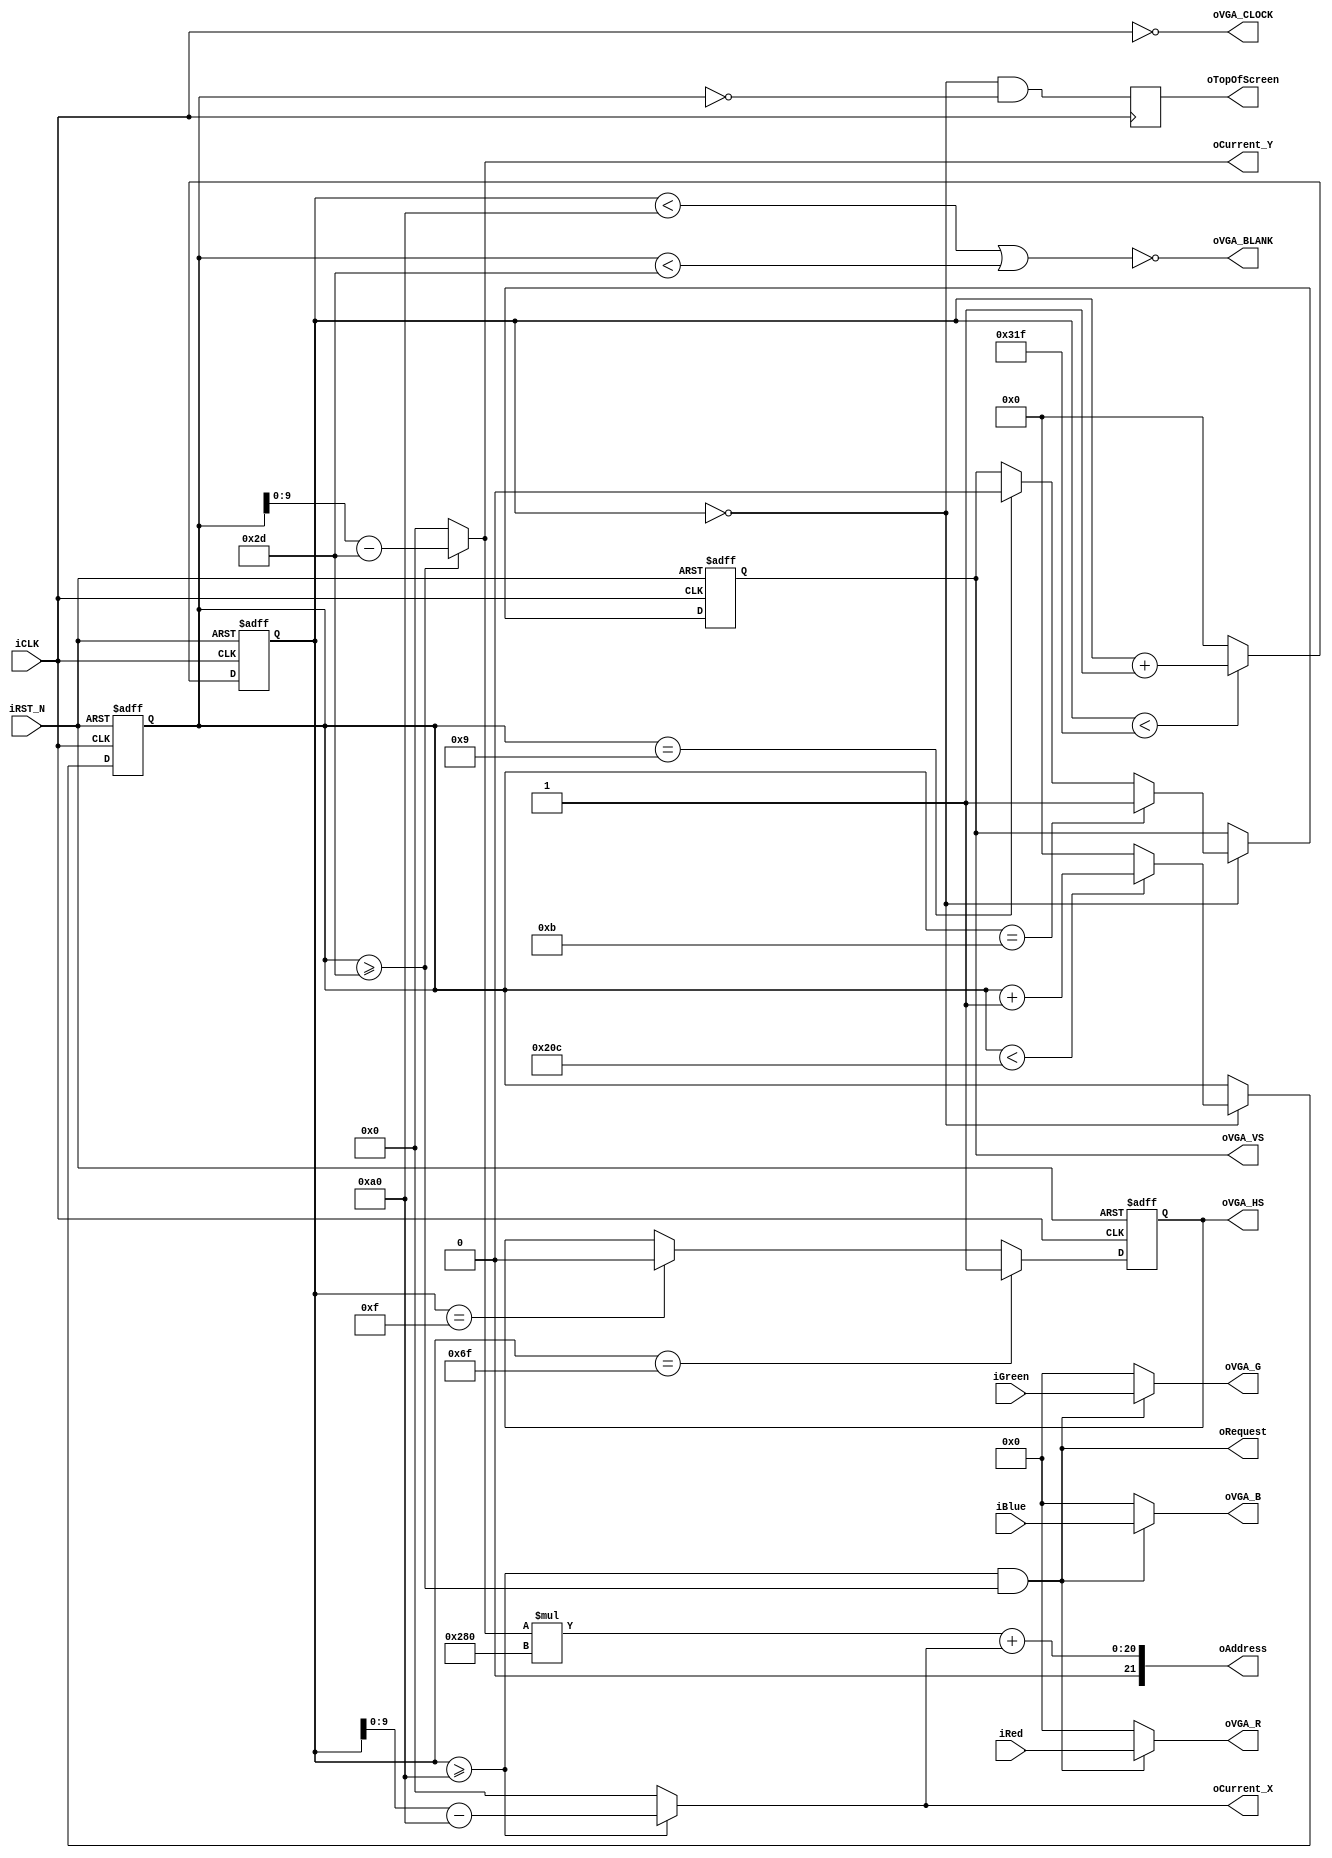
module Vga_control(
    //  Host Side
    input [3:0] iRed,
    input [3:0] iGreen,
    input [3:0] iBlue,
    output [9:0] oCurrent_X, // Max horizontal pixels: 1023.
    output [9:0] oCurrent_Y, // Max vertical pixels: 1023.
    output [21:0] oAddress,
    output oRequest,
    output reg oTopOfScreen,     // 1 when at the very top of (blank) screen.
    //  VGA Side
    output [3:0] oVGA_R,
    output [3:0] oVGA_G,
    output [3:0] oVGA_B,
    output reg oVGA_HS,   // Active low.
    output reg oVGA_VS,   // Active low.
    output oVGA_BLANK,    // Active low.
    output oVGA_CLOCK,    // Inverse of iCLK.
    //  Control Signal
    input iCLK,
    input iRST_N
);

// LK: There are two internal registers, H_Cont and V_Cont. They are 0-based. The
// H_Cont value has these ranges:
//
//    H_Cont                            oVGA_HS
//    [0, H_FRONT)                      1  (front porch)
//    [H_FRONT, H_FRONT + H_SYNC)       0  (sync pulse)
//    [H_FRONT + H_SYNC, H_BLANK)       1  (back porch, V_Cont is incremented)
//    [H_BLANK, H_TOTAL)                1  (pixels are visible)
//
// V_Cont value has these ranges:
//
//    V_Cont                            oVGA_VS
//    [0, V_FRONT)                      1  (front porch)
//    [V_FRONT, V_FRONT + V_SYNC)       0  (sync pulse)
//    [V_FRONT + V_SYNC, V_BLANK)       1  (back porch)
//    [V_BLANK, V_TOTAL)                1  (pixels are visible)
//
// Note that V_Cont is incremented on the positive edge of oVGA_HS, which means
// that its values are offset from the normal 0-639 range of H_Cont.
//
// oTopOfScreen is the first pixel of the second row, since that's where
// both are zero.
//
// The VGA clock is 25.175 MHz. With 800x525 pixels (640x480 visible),
// that's 59.94 FPS.

//  Internal Registers
reg         [10:0]  H_Cont;
reg         [10:0]  V_Cont;
////////////////////////////////////////////////////////////
//  Horizontal  Parameter
parameter   H_FRONT =   16;
parameter   H_SYNC  =   96;
parameter   H_BACK  =   48;
parameter   H_ACT   =   640;
parameter   H_BLANK =   H_FRONT+H_SYNC+H_BACK;
parameter   H_TOTAL =   H_FRONT+H_SYNC+H_BACK+H_ACT;
////////////////////////////////////////////////////////////
//  Vertical Parameter
parameter   V_FRONT =   10;
parameter   V_SYNC  =   2;
parameter   V_BACK  =   33;
parameter   V_ACT   =   480;
parameter   V_BLANK =   V_FRONT+V_SYNC+V_BACK;
parameter   V_TOTAL =   V_FRONT+V_SYNC+V_BACK+V_ACT;
////////////////////////////////////////////////////////////
assign  oVGA_BLANK  =   ~(H_Cont<H_BLANK || V_Cont<V_BLANK);
assign  oVGA_CLOCK  =   ~iCLK;
//assign  oVGA_R      =   oRequest ? iRed : 4'b0 ;
//assign  oVGA_G      =   oRequest ? iGreen : 4'b0 ;
//assign  oVGA_B      =   oRequest ? iBlue : 4'b0 ;
assign  oVGA_R      =   oRequest ? iRed : 4'b0 ;
assign  oVGA_G      =   oRequest ? iGreen : 4'b0 ;
assign  oVGA_B      =   oRequest ? iBlue : 4'b0 ;
assign  oAddress    =   oCurrent_Y*H_ACT + oCurrent_X;
assign  oRequest    =   H_Cont >= H_BLANK && V_Cont >= V_BLANK;
assign  oCurrent_X  =   (H_Cont>=H_BLANK) ? H_Cont-H_BLANK : 11'h0;
assign  oCurrent_Y  =   (V_Cont>=V_BLANK) ? V_Cont-V_BLANK : 11'h0;


wire oTopOfScreenNext = H_Cont == 0 && V_Cont == 0;
always @(posedge iCLK)
begin
    oTopOfScreen <= oTopOfScreenNext;
end

//  Horizontal Generator: Refer to the pixel clock
always@(posedge iCLK or negedge iRST_N)
begin
    if(!iRST_N)
    begin
        H_Cont      <=  0;
        oVGA_HS     <=  1;
    end
    else
    begin
        if(H_Cont<H_TOTAL-1)
            H_Cont  <=  H_Cont+1'b1;
        else
            H_Cont  <=  0;

        //  Horizontal Sync
        if(H_Cont==H_FRONT-1)           //  Front porch end
            oVGA_HS <=  1'b0;
        if(H_Cont==H_FRONT+H_SYNC-1)    //  Sync pulse end
            oVGA_HS <=  1'b1;
    end
end

//  Vertical Generator: Refer to the horizontal sync
always@(posedge iCLK or negedge iRST_N)
begin
    if(!iRST_N)
    begin
        V_Cont      <=  0;
        oVGA_VS     <=  1;
    end else if (H_Cont == 0) begin
        if(V_Cont<V_TOTAL-1)
            V_Cont  <=  V_Cont+1'b1;
        else
            V_Cont  <=  0;

        //  Vertical Sync
        if(V_Cont==V_FRONT-1)           //  Front porch end
            oVGA_VS <=  1'b0;
        if(V_Cont==V_FRONT+V_SYNC-1)    //  Sync pulse end
            oVGA_VS <=  1'b1;
    end
end

endmodule